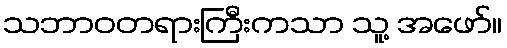
သဘာဝတရားကြီးကသာ သူ့ အဖော်။